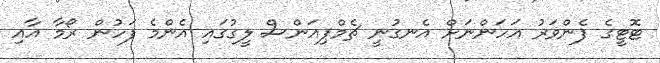
ޓޮޓީގެ ފެންވަރު އަހަންނަށް އެނގުނީ ޗެމްޕިއަންސް ލީގުގައި އެންމެ ފަހުން ރޯމާ އާއި